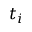
t _ { i }